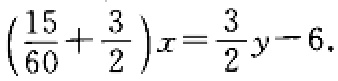
$\left(\frac{15}{60}+\frac{3}{2}\right)x=\frac{3}{2}y - 6.$